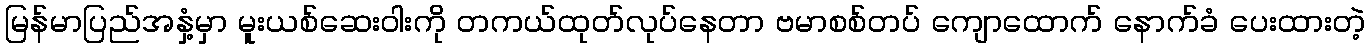
မြန်မာပြည်အနှံ့မှာ မူးယစ်ဆေးဝါးကို တကယ်ထုတ်လုပ်နေတာ ဗမာစစ်တပ် ကျောထောက် နောက်ခံ ပေးထားတဲ့